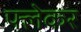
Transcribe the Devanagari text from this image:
फ्लेकर